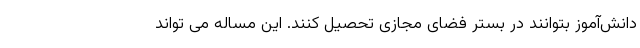
دانش‌آموز بتوانند در بستر فضای مجازی تحصیل کنند. این مساله می تواند